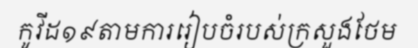
កូវីដ១៩តាមការរៀបចំរបស់ក្រសួងថែម